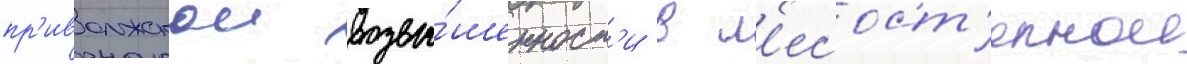
пр'иволжскои возвы́шенност'и в л'есост'епнои